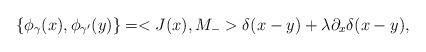
LaTeX: \begin{align*}\left\{ \phi _{\gamma }(x),\phi _{\gamma '}(y)\right\} = <J(x),M_->\delta(x-y) + \lambda \partial _x\delta (x-y),\end{align*}